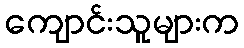
ကျောင်းသူများက